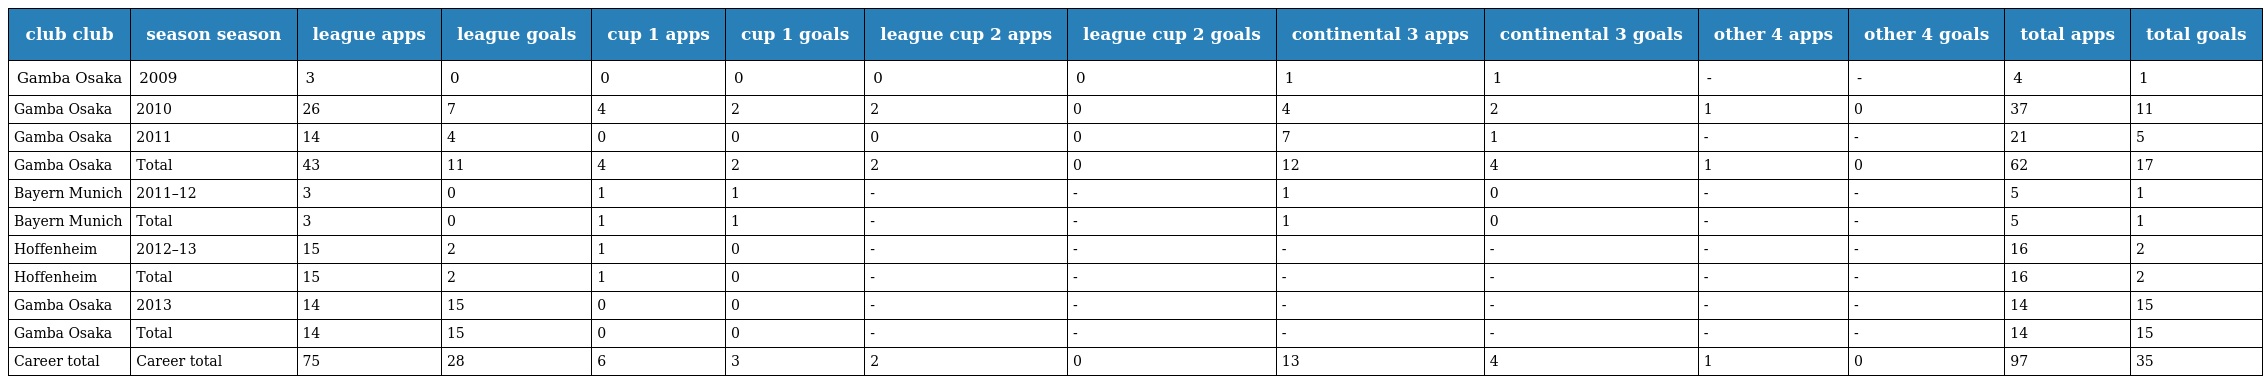
| club club | season season | league apps | league goals | cup 1 apps | cup 1 goals | league cup 2 apps | league cup 2 goals | continental 3 apps | continental 3 goals | other 4 apps | other 4 goals | total apps | total goals |
 | --- | --- | --- | --- | --- | --- | --- | --- | --- | --- | --- | --- | --- | --- |
 | Gamba Osaka | 2009 | 3 | 0 | 0 | 0 | 0 | 0 | 1 | 1 | - | - | 4 | 1 |
 | Gamba Osaka | 2010 | 26 | 7 | 4 | 2 | 2 | 0 | 4 | 2 | 1 | 0 | 37 | 11 |
 | Gamba Osaka | 2011 | 14 | 4 | 0 | 0 | 0 | 0 | 7 | 1 | - | - | 21 | 5 |
 | Gamba Osaka | Total | 43 | 11 | 4 | 2 | 2 | 0 | 12 | 4 | 1 | 0 | 62 | 17 |
 | Bayern Munich | 2011–12 | 3 | 0 | 1 | 1 | - | - | 1 | 0 | - | - | 5 | 1 |
 | Bayern Munich | Total | 3 | 0 | 1 | 1 | - | - | 1 | 0 | - | - | 5 | 1 |
 | Hoffenheim | 2012–13 | 15 | 2 | 1 | 0 | - | - | - | - | - | - | 16 | 2 |
 | Hoffenheim | Total | 15 | 2 | 1 | 0 | - | - | - | - | - | - | 16 | 2 |
 | Gamba Osaka | 2013 | 14 | 15 | 0 | 0 | - | - | - | - | - | - | 14 | 15 |
 | Gamba Osaka | Total | 14 | 15 | 0 | 0 | - | - | - | - | - | - | 14 | 15 |
 | Career total | Career total | 75 | 28 | 6 | 3 | 2 | 0 | 13 | 4 | 1 | 0 | 97 | 35 |